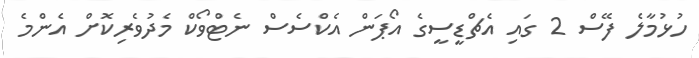
ހުޅުމާލެ ފޭސް 2 ގައި އެޗްޑީސީގެ އޯޕަން އެކްސެސް ނެޓްވޯކް މެދުވެރިކޮށް އެންމެ